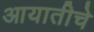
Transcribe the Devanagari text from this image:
आयातीचे